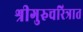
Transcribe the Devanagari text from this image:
श्रीगुरुचरित्रात